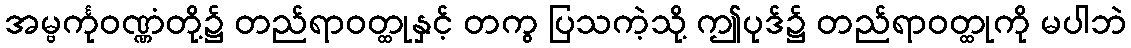
အမ္ဗင်္ကုဝဏ္ဏံတို့၌ တည်ရာဝတ္ထုနှင့် တကွ ပြသကဲ့သို့ ဤပုဒ်၌ တည်ရာဝတ္ထုကို မပါဘဲ